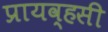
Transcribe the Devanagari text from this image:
प्रायव्हसी